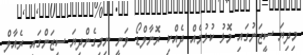
މިދިޔަ ސީޒަނުގައި މޮޅު ކުޅުމެއް ދެއްކި ރޮނާލްޑޯ ވަނީ ނިމިގެންދިޔަ ސީޒަންގައި ރެއާލް